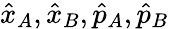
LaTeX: \hat{x}_{A},\hat{x}_{B},\hat{p}_{A},\hat{p}_{B}